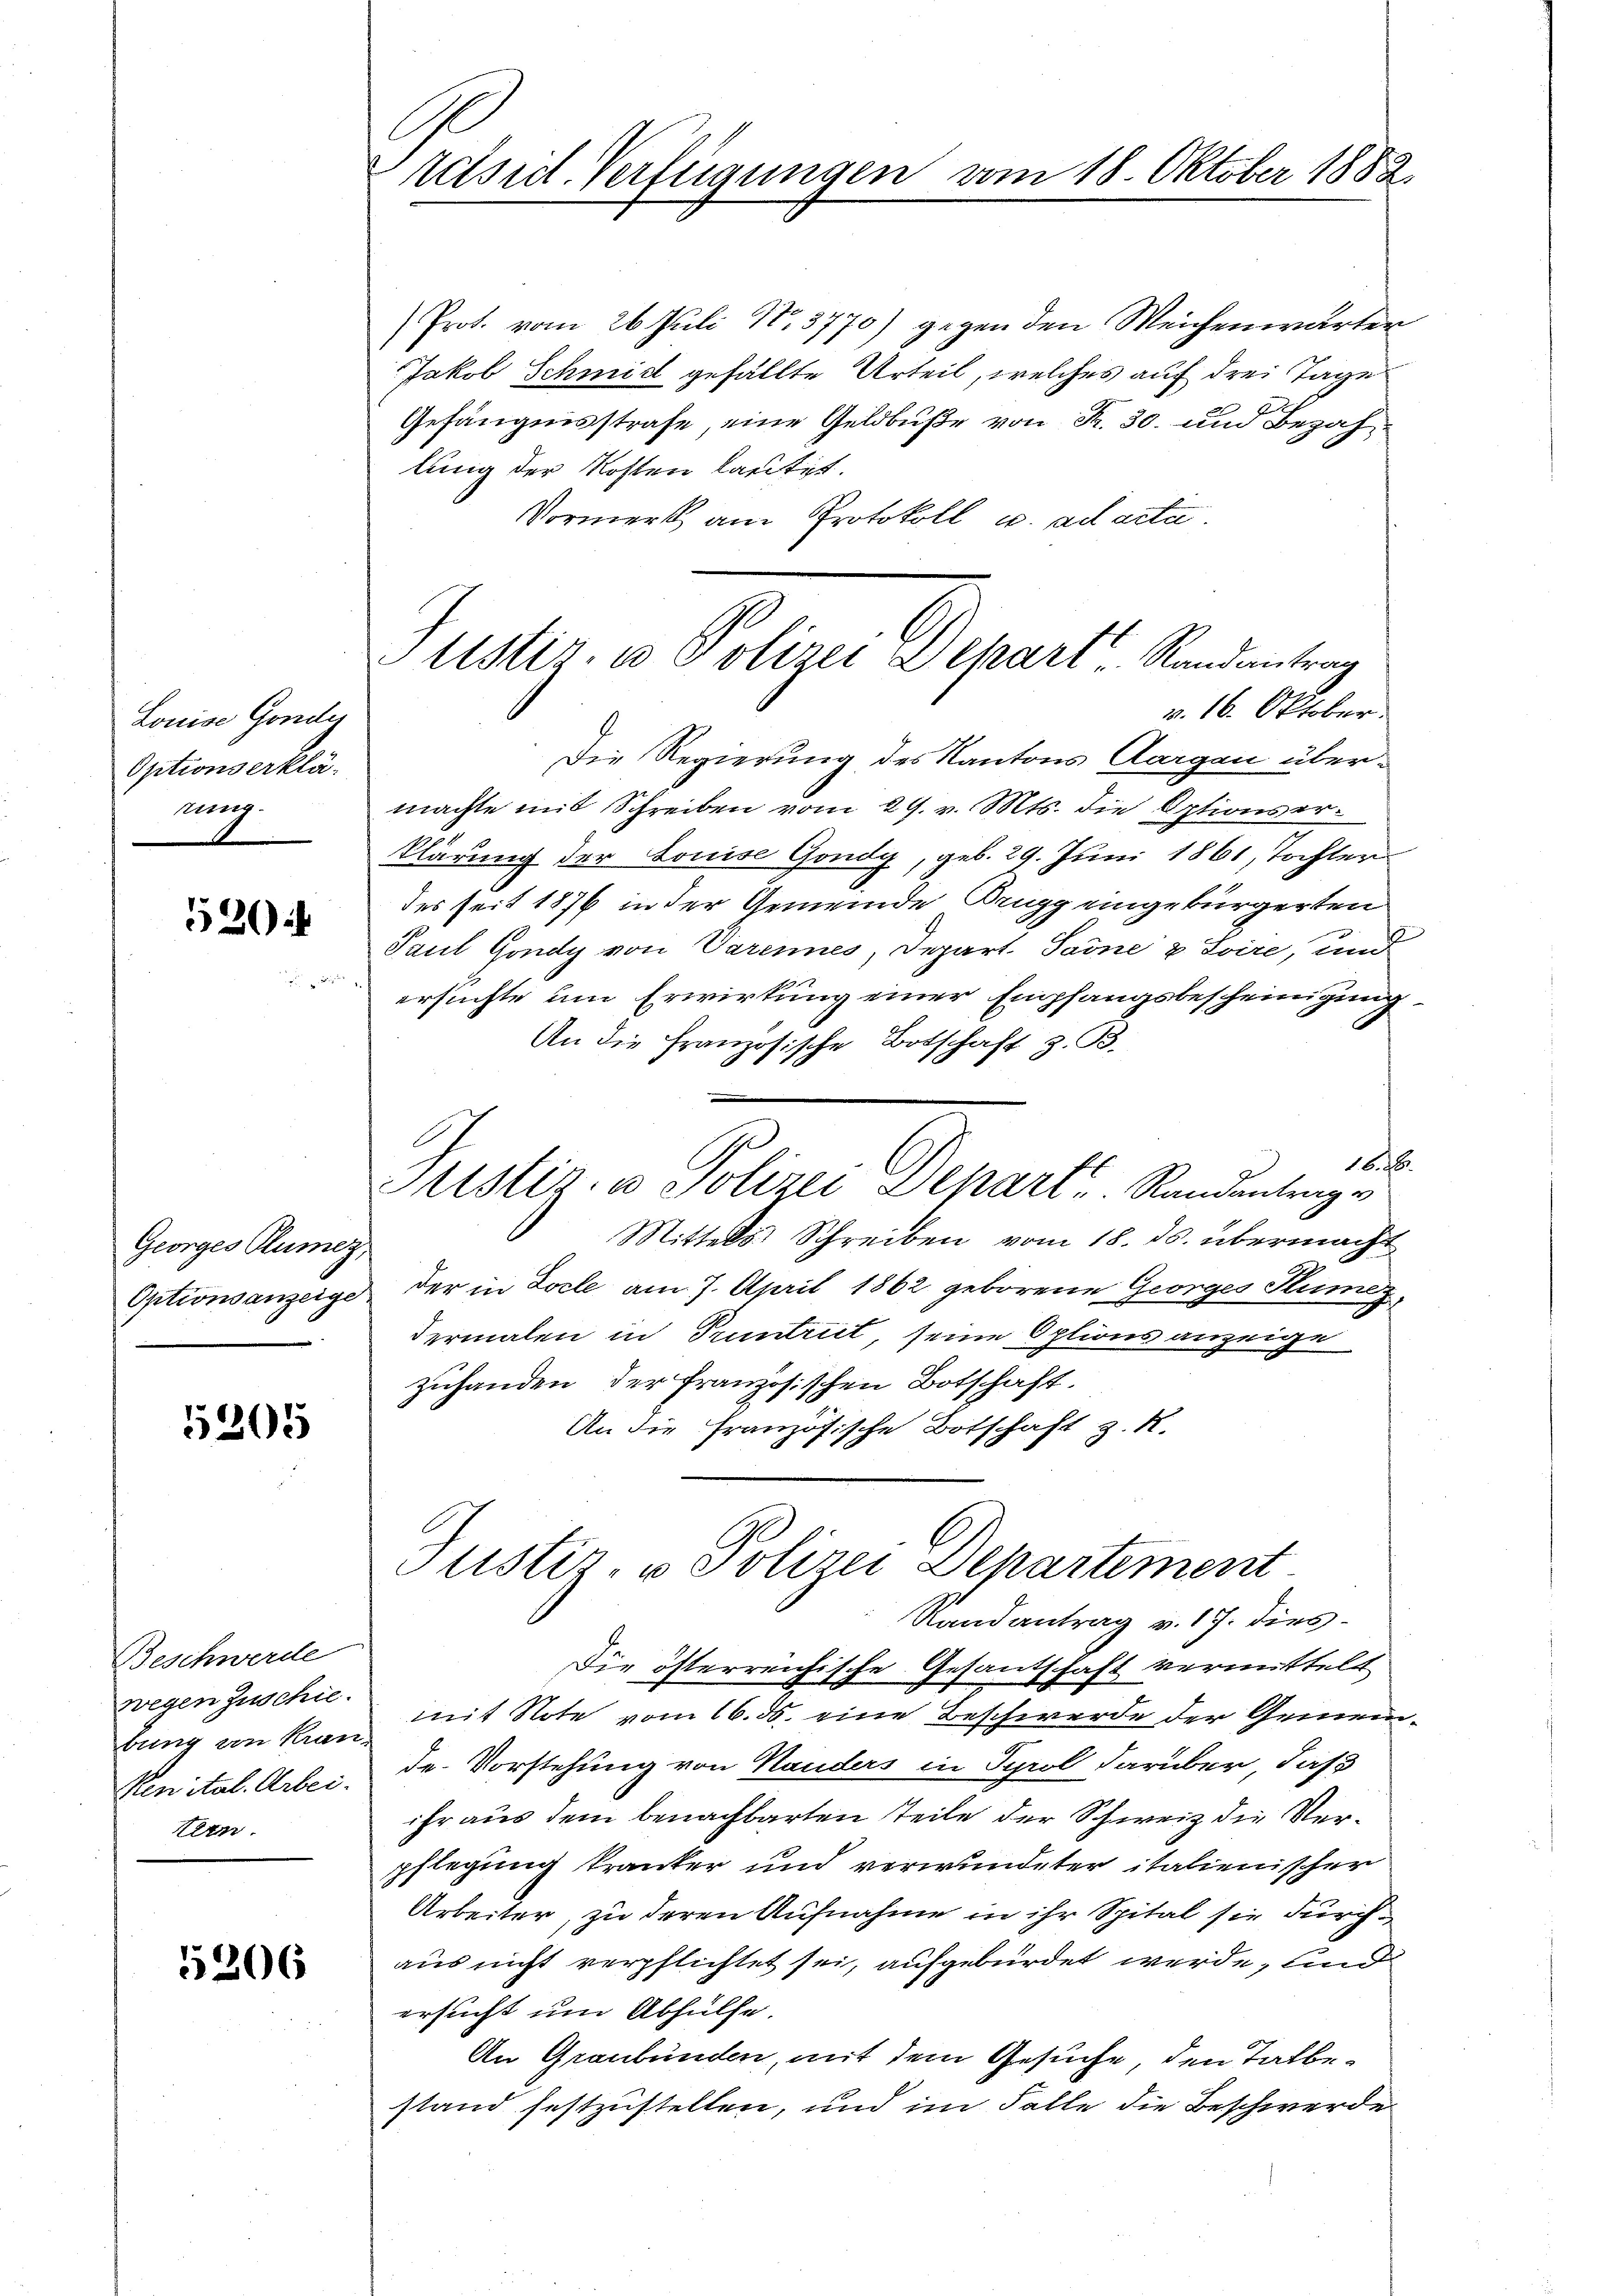
Louise Gondy
Optionserklänig.

520

Georges Plumer,
Optionsanzeige

5205

Beschwerde
wegen Zuschie
bung von Kran-
Renital. Arbei.
tern.

5206

tctsed-Verfügungen vom 18. Oktober 1882.

Prot. vom 26. Juli 17. 3770) gegen den Weichenwärter
Jakob Schmid gefällte Urteil, welches auf drei Tage
Gefängnisstrafe eine Geldbuße von K. 30. und Bezahlung der Kosten lautet.
Vormerk am Protokoll u. ad acta.
Die Regierung des Kantons Aargau übermachte mit Schreiben vom 29. v. Mts. die Optionserklärung der Louise Gondy, geb. 29. Juni 1861, Tochter
des seit 1876 in der Gemeinde Brugg eingebürgerten
Paul Gondy von Varennes, Depart. Sarne & Soire, und
ersuchte um Erwirkung einer Empfangsbescheinigung
An die Französische Botschaft z. B.
16. 26.
Mittels Schreiben vom 18. ds. übermacht
der in Locle am 7. April 1862 geborene Georges Sumez
dermalen in Pruntrict, seine Options anzeige
zuhanden der französischen Botschaft.
An die Französische Botschaft z. K.
Justiz- u. Polizei Departement
Randantrag v. 17. dies¬
Die österreichische Gesantschaft vermittelt
mit Note vom 16. ds. eine Beschwerde der Gemein
de. Vorstehung von Handers in Tyrol darüber, daß
ihr aus dem benachbarten Teile der Schweiz die Verpflegung kranker und verwundeter italienischer
Arbeiter, zu deren Aufnahme in ihr Spital sie durchaus nicht verpflichtet sei, aufgebürdet werde, und
ersucht um Abhülfe.
An Graubünden, mit dem Gesuche, den Tatbestand festzustellen, und im Falle die Beschwerde

Justiz, u. Polizei Depart Randantrag
v. 16. Oktober.

ustiz- u Polizei Separt, Randantrage